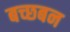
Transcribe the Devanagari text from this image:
बच्छबन